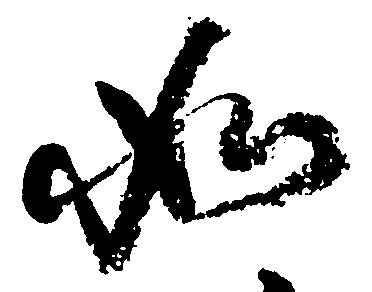
如